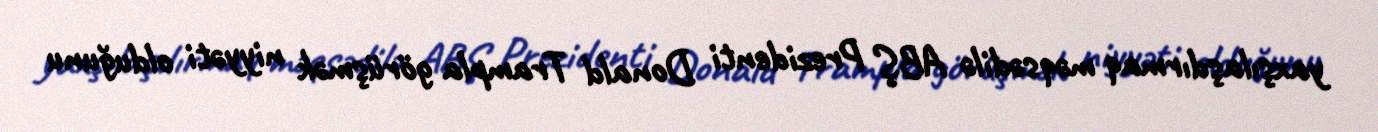
yaxşılaşdırmaq məqsədilə ABŞ Prezidenti Donald Trampla görüşmək niyyəti olduğunu